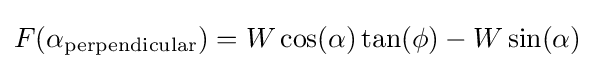
F(\alpha _{\text{perpendicular}})=W\cos(\alpha )\tan(\phi )-W\sin(\alpha )